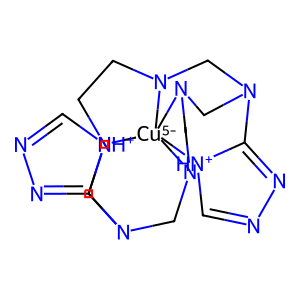
SMILES: C1=NN=C2N3CN4CCN5CN6CN7CCN(C3)[Cu-5]457([NH+]12)[NH+]1C=NN=C61
Inhibits HIV replication: No